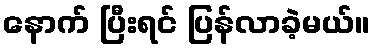
နောက် ပြီးရင် ပြန်လာခဲ့မယ်။